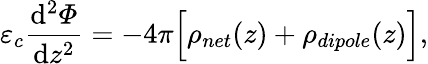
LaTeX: \varepsilon_{c}\frac{\mathrm{d}^{2}\varPhi}{\mathrm{d}z^{2}}=-4\pi\Big[\rho_{net}(z)+\rho_{dipole}(z)\Big],